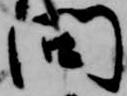
問